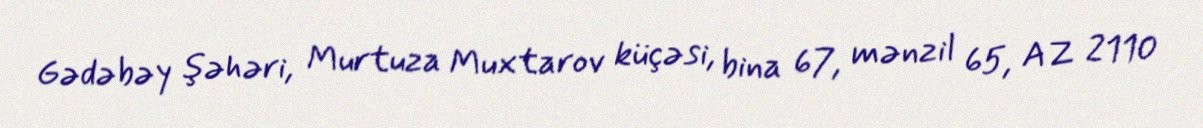
Gədəbəy şəhəri, Murtuza Muxtarov küçəsi, bina 67, mənzil 65, AZ 2110